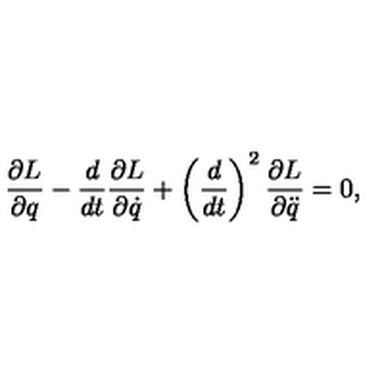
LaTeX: { \frac { \partial L } { \partial q } } - { \frac { d } { d t } } { \frac { \partial L } { \partial \dot { q } } } + \left( { \frac { d } { d t } } \right) ^ { 2 } { \frac { \partial L } { \partial \ddot { q } } } = 0 ,